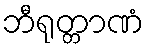
ဘီရုတ္တာဏံ